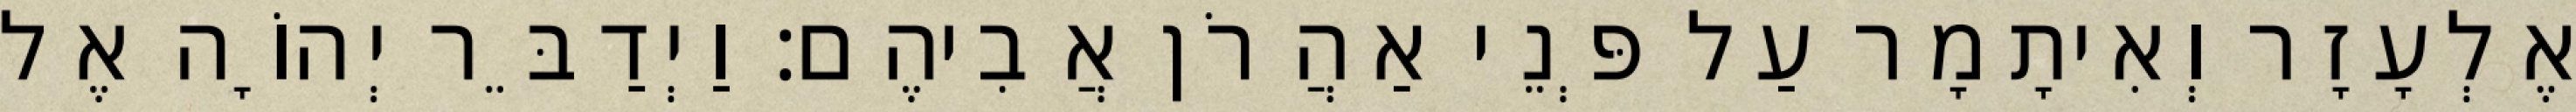
אֶלְעָזָר וְאִיתָמָר עַל פְּנֵי אַהֲרֹן אֲבִיהֶם׃ וַיְדַבֵּר יְהוָֹה אֶל